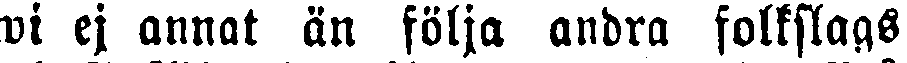
wi ej annat än följa andra folkslags